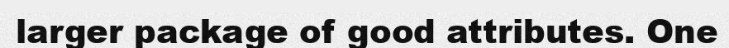
larger package of good attributes. One